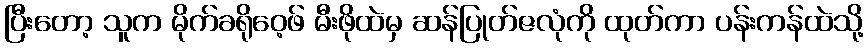
ပြီးတော့ သူက မိုက်ခရိုဝေ့ဖ် မီးဖိုထဲမှ ဆန်ပြုတ်ဇလုံကို ထုတ်ကာ ပန်းကန်ထဲသို့